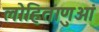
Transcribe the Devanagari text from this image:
लोहिताणुओं